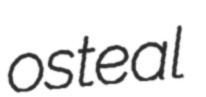
osteal